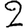
Digit: 2